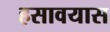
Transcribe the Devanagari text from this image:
हसावयास